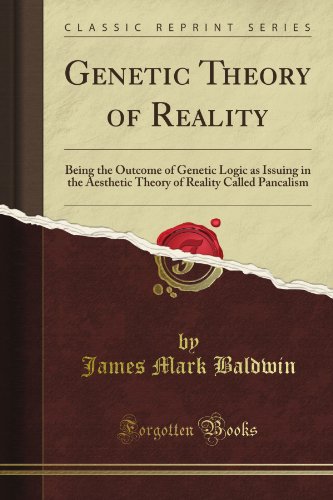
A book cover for Genetic Theory of Reality: Being the Outcome of Genetic Logic As Issuing in the Aesthetic Theory of Reality Called (Classic Reprint); James Mark Baldwin; Politics & Social Sciences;